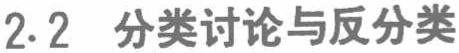
2.2 分类讨论与反分类